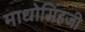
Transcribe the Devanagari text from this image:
माधोसिंहजी